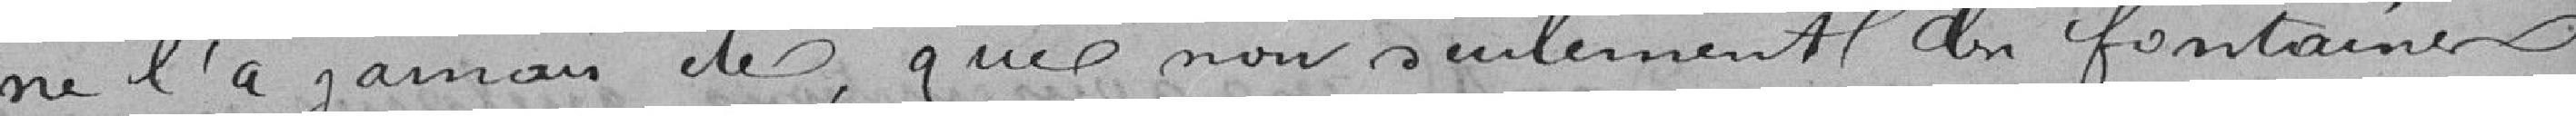
ne l'a jamais été, que non seulement les fontaines